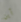
أين